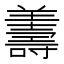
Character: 𦏟